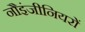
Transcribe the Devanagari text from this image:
नौइंजीनियरों